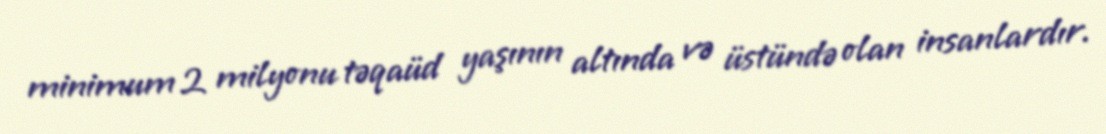
minimum 2 milyonu təqaüd yaşının altında və üstündə olan insanlardır.